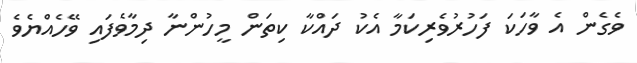
ވެގެން އެ ވާހަކަ ފަހުރުވެރިކަމާ އެކު ދައްކާ ކިތަން މީހުންނާ ދިމާވެފައި ވޭހެއްޔެވެ